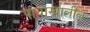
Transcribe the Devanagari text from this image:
पायाखालील